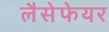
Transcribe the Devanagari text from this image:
लैसेफेयर